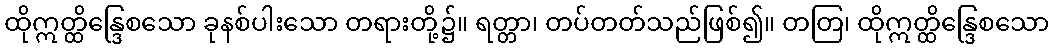
ထိုဣတ္ထိန္ဒြေစသော ခုနစ်ပါးသော တရားတို့၌။ ရတ္တာ၊ တပ်တတ်သည်ဖြစ်၍။ တတြ၊ ထိုဣတ္ထိန္ဒြေစသော